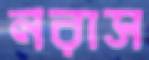
নরাস